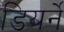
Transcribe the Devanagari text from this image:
डियर्ने